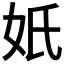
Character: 𡚼